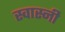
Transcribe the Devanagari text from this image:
स्वास्नी